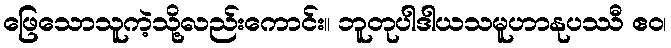
ဖြေသောသူကဲ့သို့လည်းကောင်း။ ဘူတုပါဒါယသမူဟာနုပဿီ ဧဝ၊